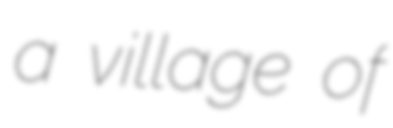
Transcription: a village of